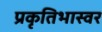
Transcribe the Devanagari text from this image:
प्रकृतिभास्वर